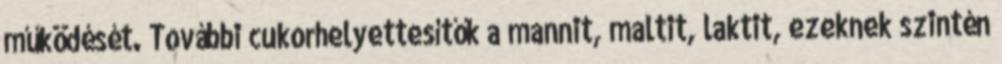
működését. További cukorhelyettesítők a mannit, maltit, laktit, ezeknek szintén